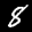
Label: 8